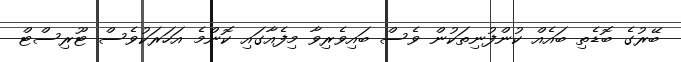
ބޭރުގެ ބޮޑެތި ބައެއް ކުންފުނިތަކުން ވެސް ބައިވެރިވާ މިފެއާގައި ކޮންމެ އަހަރަކުވެސް ޓޫރިސްޓް